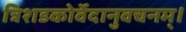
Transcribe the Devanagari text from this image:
त्रिशडकोर्वेदानुवचनम्।